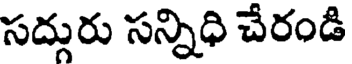
సద్గురు సన్నిధి చేరండి